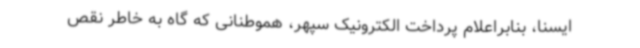
ایسنا، بنابراعلام پرداخت الکترونیک سپهر، هموطنانی که گاه به خاطر نقص